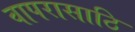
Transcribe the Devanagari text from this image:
वापरासाठि